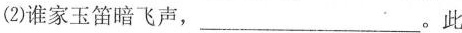
(2)谁家玉笛暗飞声，___。此